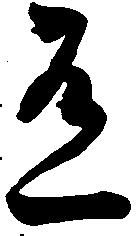
有